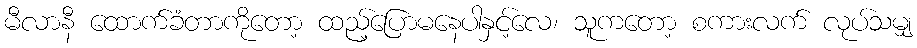
မီလာနီ ထောက်ခံတာကိုတော့ ထည့်ပြောမနေပါနှင့်လေ၊ သူကတော့ စကားလက် လုပ်သမျှ